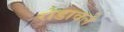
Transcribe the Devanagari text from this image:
रोडावले